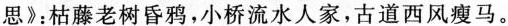
思》：枯藤老树昏鸦，小桥流水人家，古道西风瘦马。